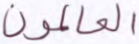
العالمون